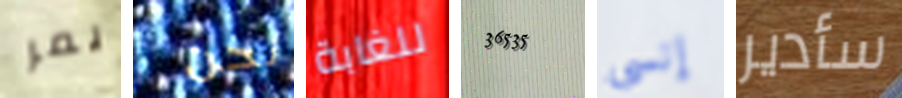
يمر نحن للغابة 36535 إنسي سأدير